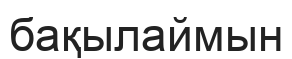
бақылаймын